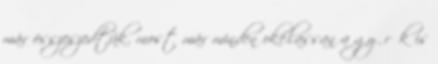
már összeszedtük. most már minden oké.lassan a gyűrűk is